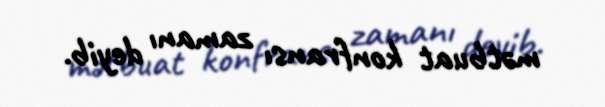
mətbuat konfransı zamanı deyib.